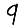
Digit: 9